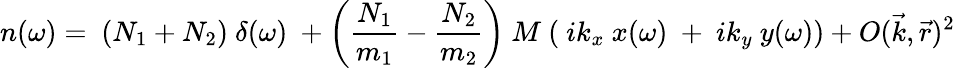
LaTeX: n(\omega)=~(N_{1}+N_{2})~\delta(\omega)~+\left(\frac{N_{1}}{m_{1}}-\frac{N_{2}}{m_{2}}\right)~M~(~ik_{x}~x(\omega)~+~ik_{y}~y(\omega))+O(\vec{k},\vec{r})^{2}